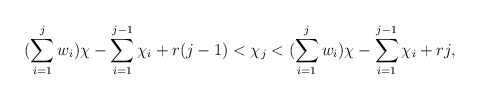
\begin{align*}(\sum\limits_{i=1}^j w_i)\chi - \sum\limits_{i=1}^{j-1}\chi_i + r(j-1) < \chi_j < (\sum\limits_{i=1}^j w_i)\chi - \sum\limits_{i=1}^{j-1}\chi_i + rj,\end{align*}